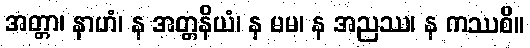
အတ္တာ၊ နာဟံ၊ န အတ္တနိယံ၊ န မမ၊ န အညဿ၊ န ကဿစိ။